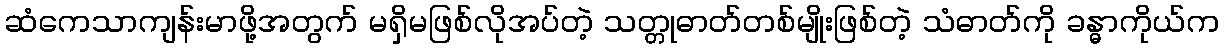
ဆံကေသာကျန်းမာဖို့အတွက် မရှိမဖြစ်လိုအပ်တဲ့ သတ္တုဓာတ်တစ်မျိုးဖြစ်တဲ့ သံဓာတ်ကို ခန္ဓာကိုယ်က